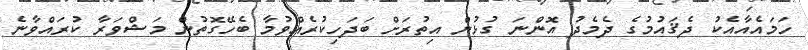
ހަމައެއާއެކު ދެޤައުމުގެ ދެމެދު އޮންނަ ގުޅުން އިތުރަށް ބަދަހިކުރެއްވުމާ ބެހޭގޮތުން މަޝްވަރާ ކުރައްވާނެ